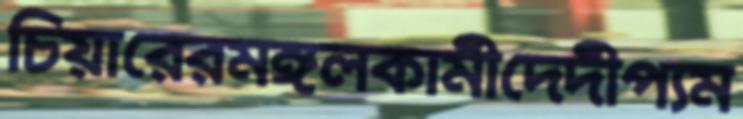
চিয়ারেরমঙ্গলকামীদেদীপ্যম